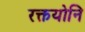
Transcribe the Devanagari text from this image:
रक्तयोनि